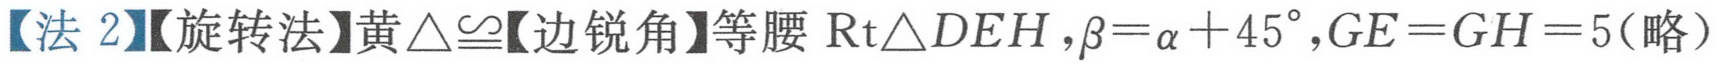
【法 2】【旋转法】黄\(\triangle\cong\)【边锐角】等腰\(\text{Rt}\triangle DEH,\beta=\alpha + 45^{\circ},GE = GH = 5\)(略）